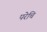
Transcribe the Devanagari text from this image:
परेचि